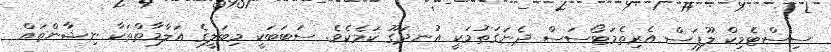
ސިސްޓެމިކް ލޫޕަސް އެރިތެމަޓޯސަސް ދެނަގަތުމަކީ އުނދަގޫ ކަމެކެވެ. ސަބަބަކީ މިބަލީގެ އަލާމާތްތަކާ ނިޝާންތައް